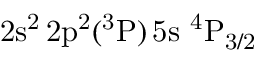
\mathrm { 2 s ^ { 2 } \, 2 p ^ { 2 } ( ^ { 3 } P ) \, 5 s ~ ^ { 4 } P _ { 3 / 2 } }